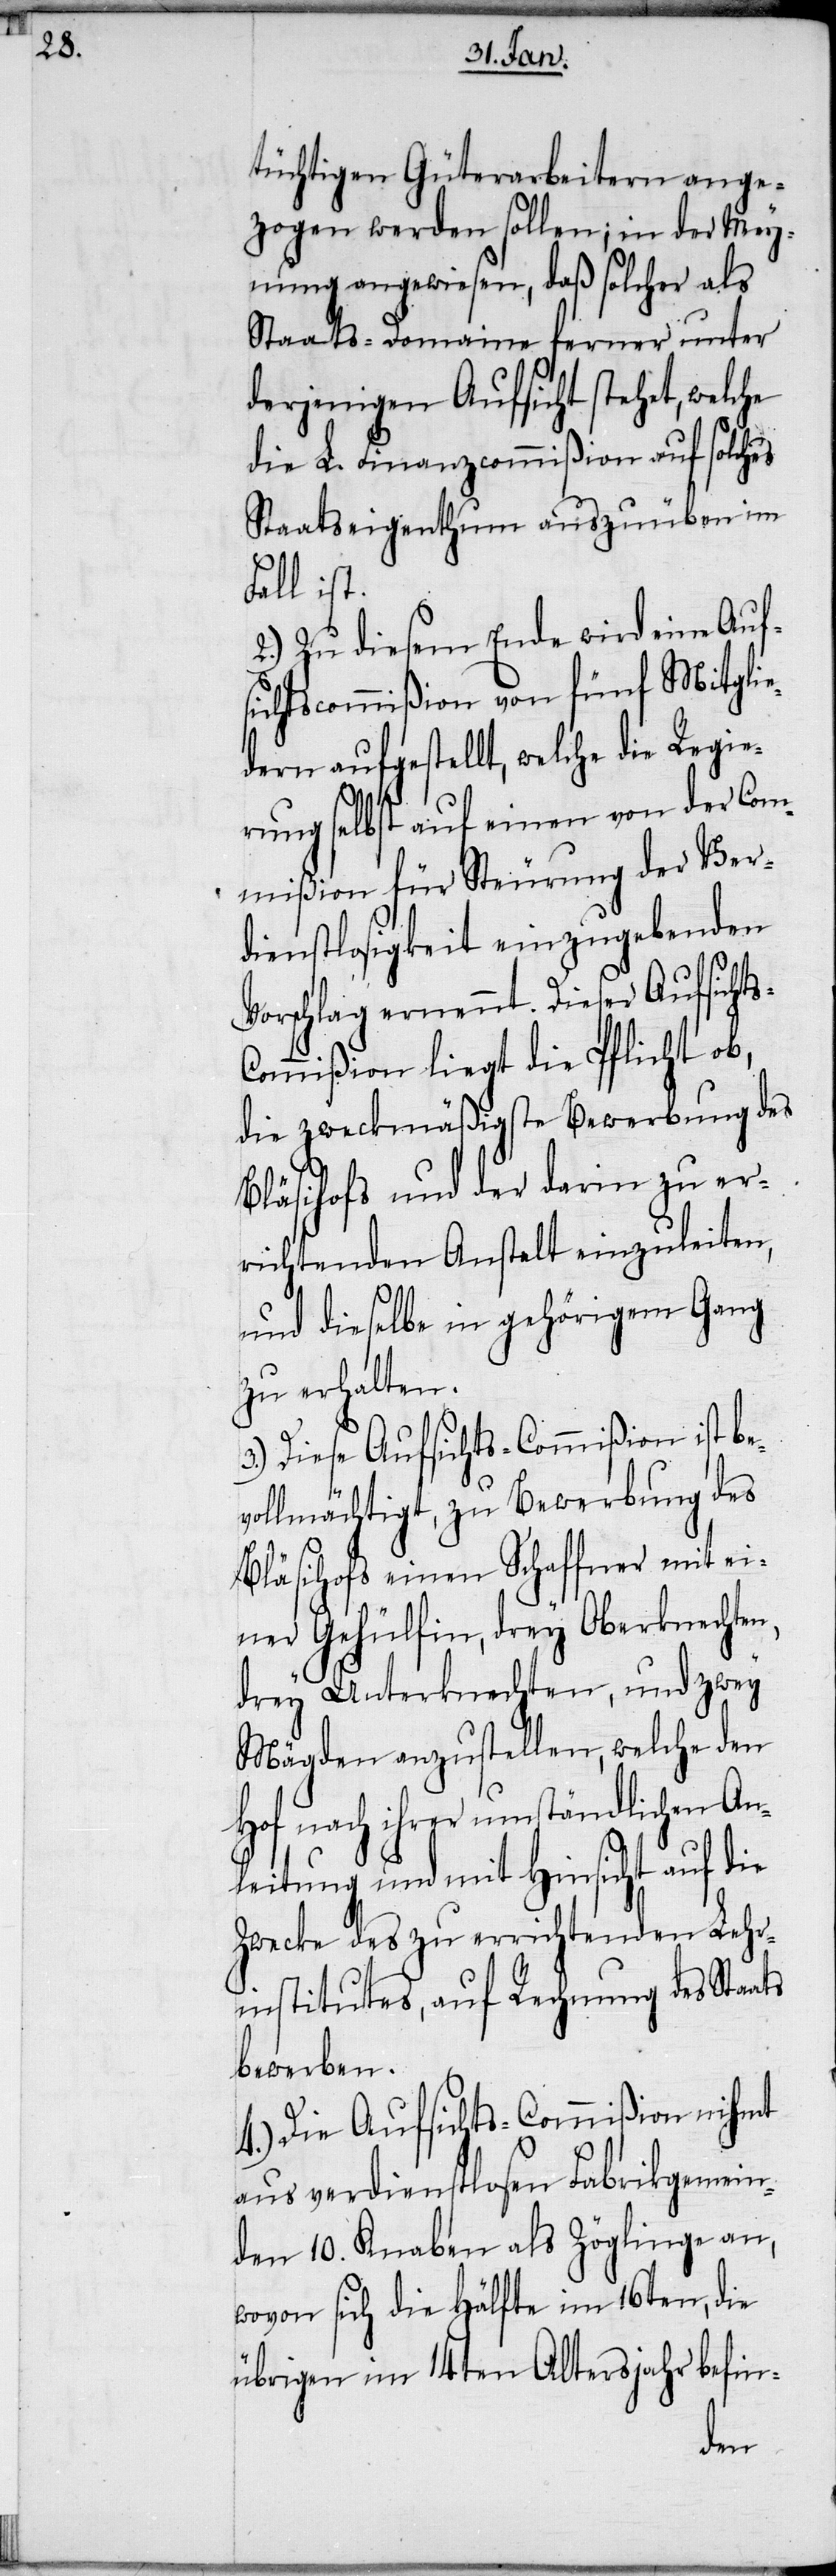
tüchtigen Güterarbeitern ange¬
zogen werden sollen; in der Mey¬
nung angewiesen, daß solcher als
Staats-Domaine ferner unter
derjenigen Aufsicht stehet, welche
die L. Finanzcommißion auf solches
Staatseigenthum auszuüben im
Fall ist.
2.) Zu diesem Ende wird eine Auf¬
sichtscommißion von fünf Mitglie¬
dern aufgestellt, welche die Regie¬
e¬
rung selbst auf einen von der Com¬
mißion für Steurung der
Vorschlag ernennt. Dieser Aufsicht¬
ommißion liegt die Pflicht ob,
die zweckmäßigste Bewerbung des
Bläsihofs und der darin zu er¬
richtenden Anstalt einzuleiten,
und dieselbe in gehörigem Gang
zu erhalten.
3.) Diese Aufsichts-Commißion ist b¬
vollmächtigt, zu Bewerbung des
Bläsihofs einen Schaffner mit ei¬
ner Gehülfin, drey Oberknechten,
drey Unterknechten, und zwey
Mägden aufzustellen, welche den
Hof nach ihrer umständlichen An¬
leitung und mit Hinsicht auf die
Zwecke des zu errichtenden Lehr¬
institutes, auf Rechnung des Staats
bewerben.
4.) Die Aufsichts-Commißion nihmt
aus verdienstlosen Fabrikgemein¬
den 10. Knaben als Zöglinge an,
wovon sich die Hälfte im 16ten, die
übrigen im 14ten Altersjahr befin-